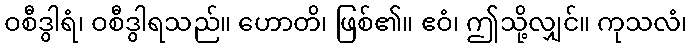
ဝစီဒွါရံ၊ ဝစီဒွါရသည်။ ဟောတိ၊ ဖြစ်၏။ ဧဝံ၊ ဤသို့လျှင်။ ကုသလံ၊